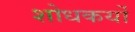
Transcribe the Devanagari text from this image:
शोधकर्यों